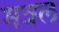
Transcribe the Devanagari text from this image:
मत्रल